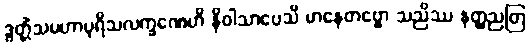
ဒွတ္တိံသမဟာပုရိသလက္ခဏေဟိ နိဝါသာပေသိ မာနေတဗ္ဗော သညိဿ နတ္ထညတြ